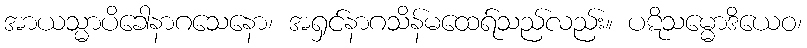
အာယသ္မာပိခေါနာဂသေနော၊ အရှင်နာဂသိန်မထေရ်သည်လည်း။ ပဋိသမ္မောဒိယေဝ၊